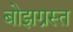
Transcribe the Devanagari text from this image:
बोझग्रस्त